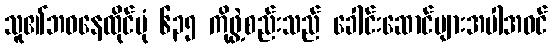
သူ၏ဘဝနေထိုင်ပုံ ၆၃၅ ကိုဖွဲ့စည်းသည် ခေါင်းဆောင်များအပါအဝင်